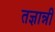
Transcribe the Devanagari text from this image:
तज्ञान्नी